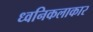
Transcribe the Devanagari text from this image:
ध्वनिकलाकार